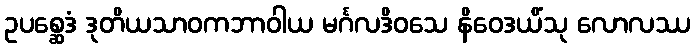
ဥပစ္ဆေဒံ ဒုတိယသာဝကဘာဝါယ မင်္ဂလဒိဝသေ နိဝေဒယိံသု လောလဿ